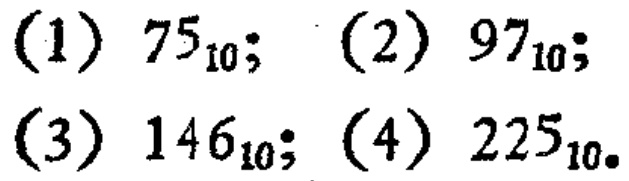
(1) \(75_{10}\); (2) \(97_{10}\); (3) \(146_{10}\); (4) \(225_{10}\).